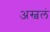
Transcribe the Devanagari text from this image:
अस्वलं